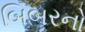
બિબરનો